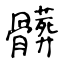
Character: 髒